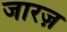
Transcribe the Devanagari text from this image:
जारज़